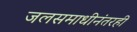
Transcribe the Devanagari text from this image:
जलसमाधीनंतरही